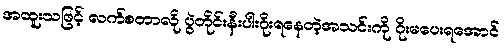
အထူးသဖြင့် လက်စတာလို ပွဲတိုင်းနီးပါးဂိုးရနေတဲ့အသင်းကို ဂိုးမပေးရအောင်